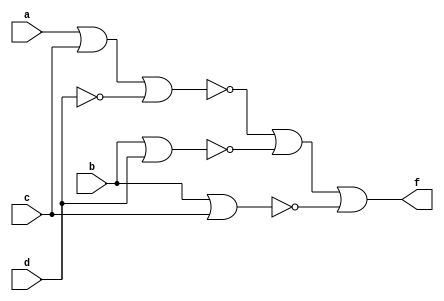
module exercise2(f, a, b, c, d);
input a, b, c, d;
output f;
assign f = ~((~((~(a | c | (~(d | d)))) | (~(b | d)) | (~(b | c)))) | (~((~(a | c | (~(d | d)))) | (~(b | d)) | (~(b | c)))));
endmodule